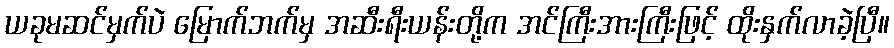
ယခုမဆင်မှက်ပဲ မြောက်ဘက်မှ အဆီးရီးယန်းတို့က အင်ကြီးအားကြီးဖြင့် ထိုးနှက်လာခဲ့ပြီ။